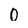
Character: 0